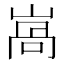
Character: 𡺩